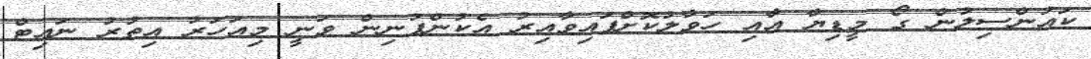
ކައުންސިލުން ގޯ މީޑިޔާ އާއި ހަވާލުކޮށްފައިވާއިރު އެކުންފުނިން ވަނީ މިއަހަރު އިތުރު ނައިޓް